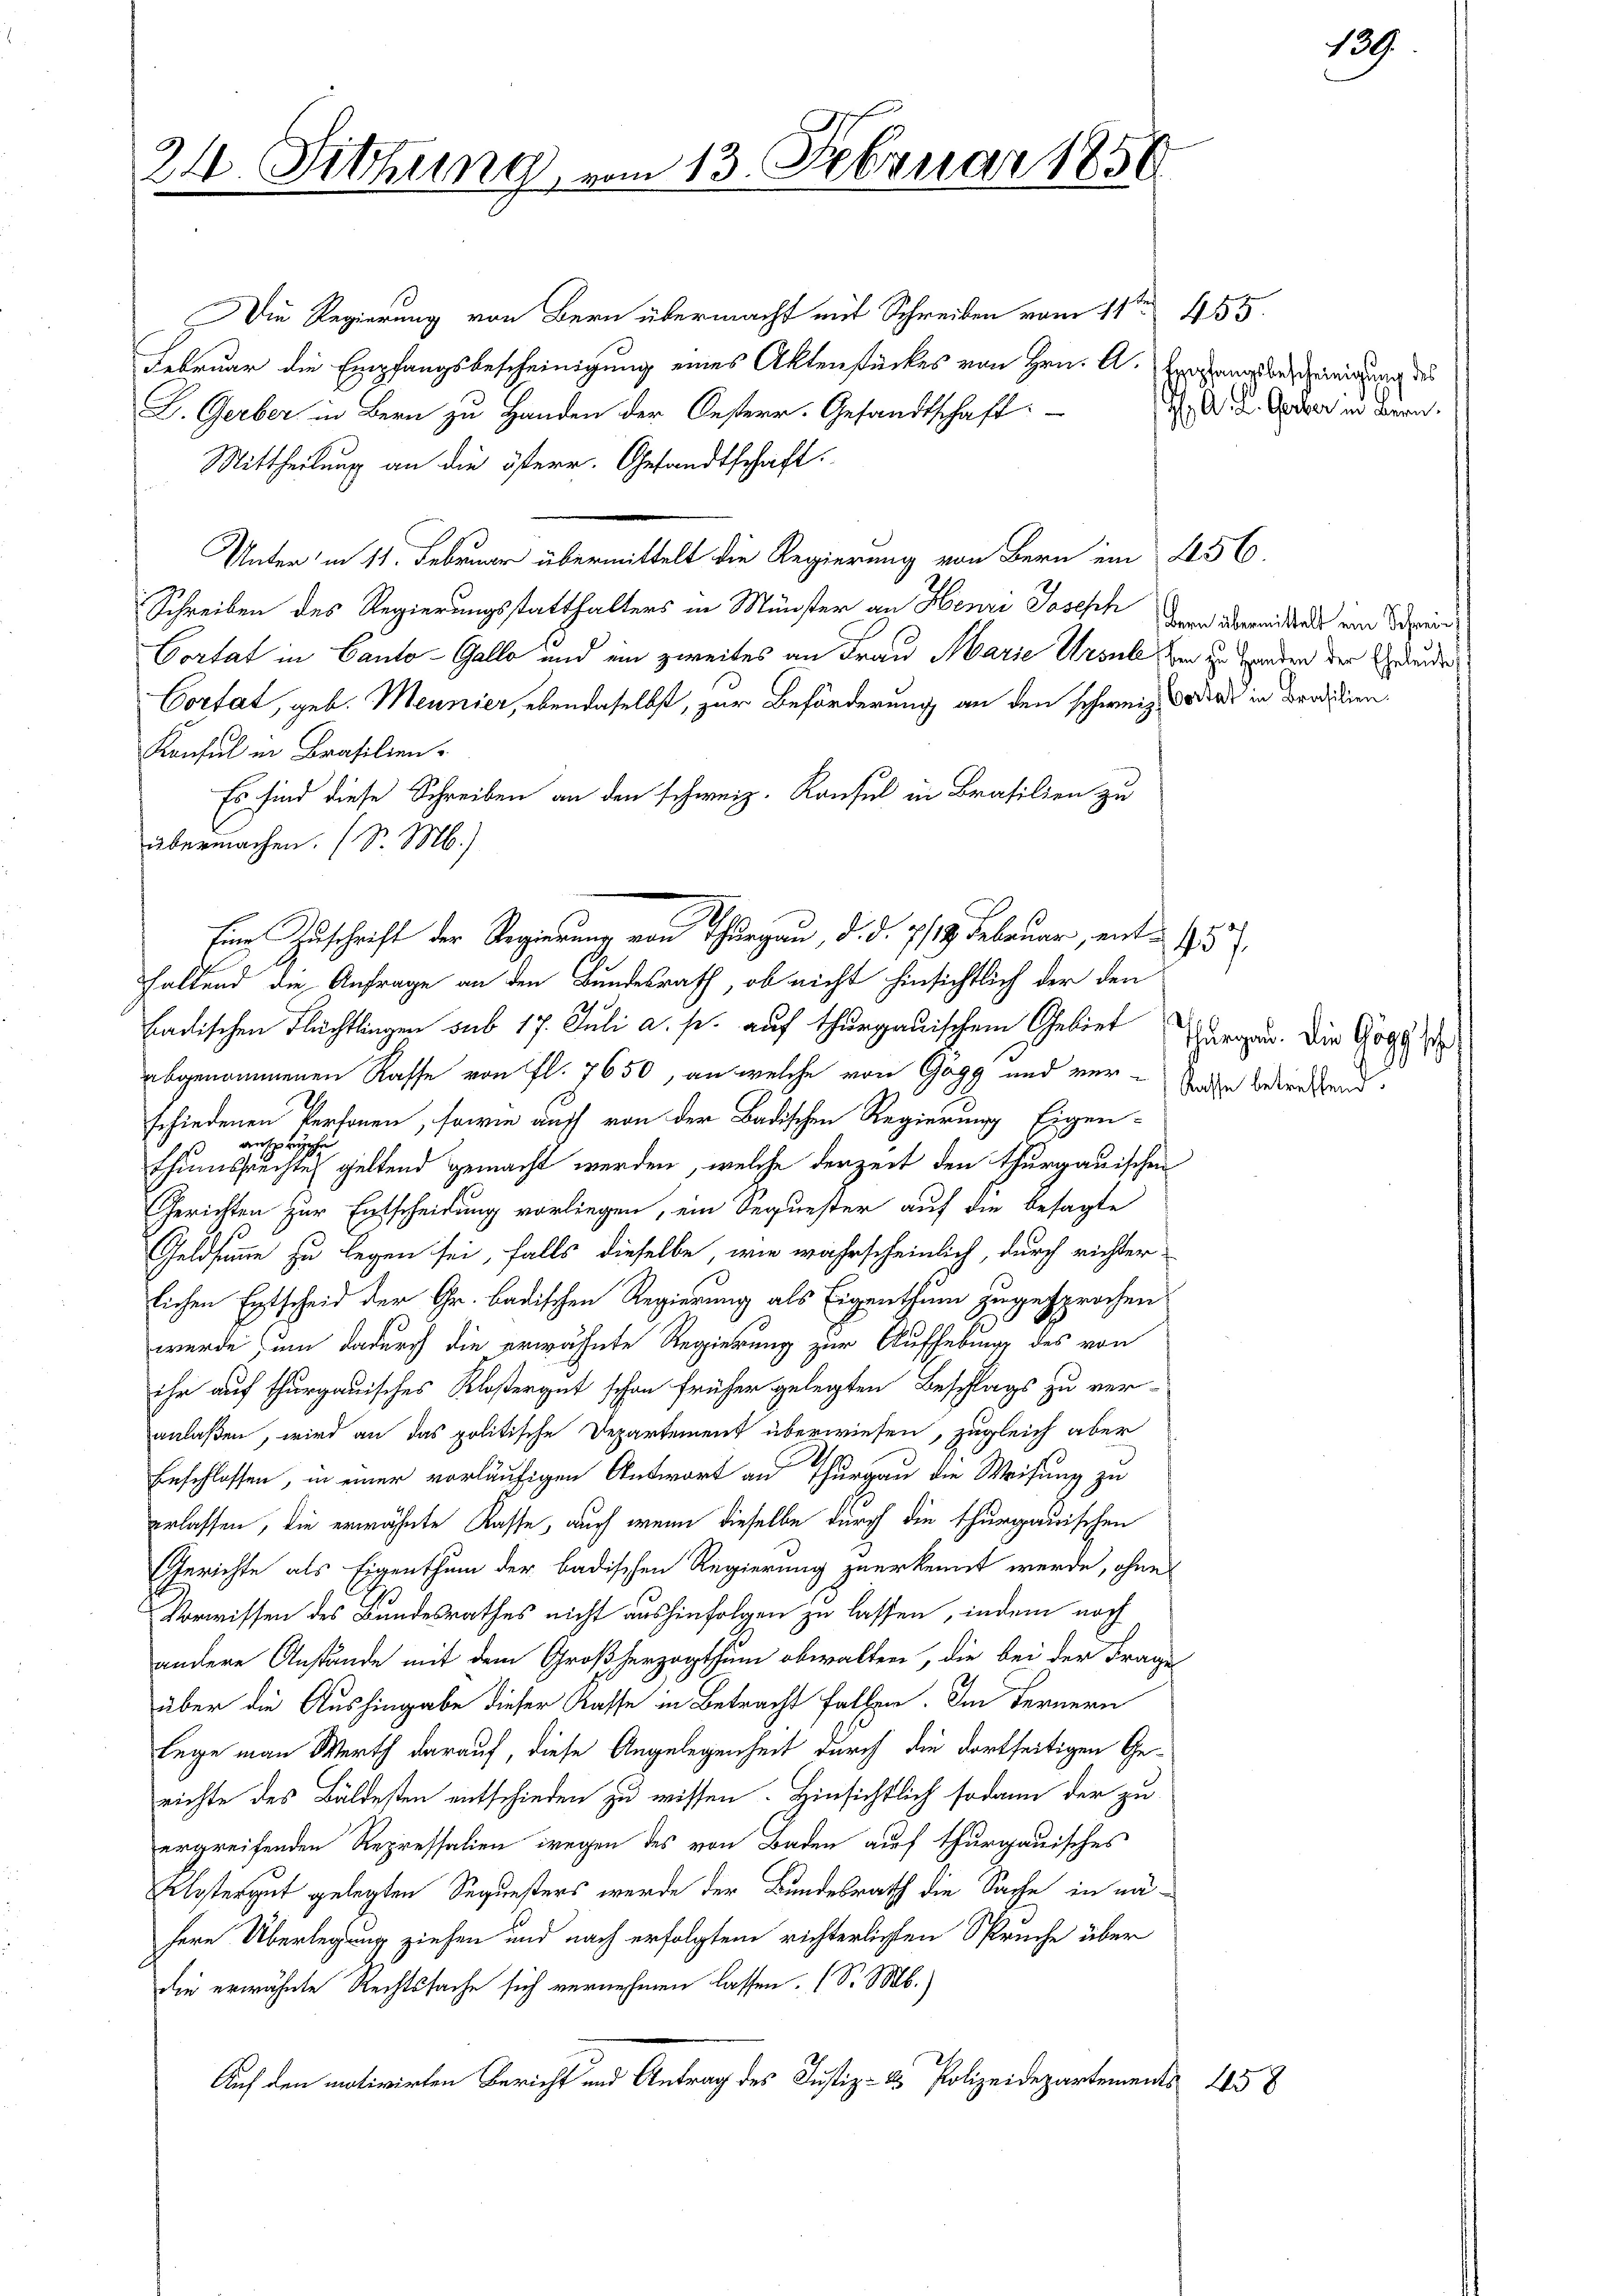
24. Sitzung, vom 13. Februar 1856

Die Regierung von Bern übermacht mit Schreiben vom 11ten 455.
Februar die Empfangsbescheinigung eines Aktenstückes von Hrn. A. Empfangsbescheinigung des
L. Gerber in Bern zu Handen der Oesterr. Gesandtschaft:
Mittheilung an die österr. Gesandtschaft.
Unter in 11. Februar übermittelt die Regierung von Bern im 456.
Schreiben des Regierungsstatthalters in Münster an Henri Joseph
Cortat in Canto-Galle und ein zweites an Frau Marie Ursul zur zu Handen der Gebunden
Cortat, geb. Meunier, ebendaselbst, zur Beförderung an den schweiz. Boden in Brod den
Konsul in Brasilien.
Es sind diese Schreiben an den schweiz. Konsul in Brasilien zu
übermachen. (S. M.)
faltend die Anfrage an den Bundesrath, ob nicht hinsichtlich der den
ladischen Flüchtlingen sub 17. Juli a. s. auf Thurgauischem Gebiet Heraus. Die Gogg se
abgenommenen Rasse von fl. 7650, an welche von Gögg und ver-
schiedenen Personen, sowie auch von der Badischen Regierung Eigen-
ansprüche
3
thumssrechte geltend gemacht werden, welche derzeit den thurgauischen
Gerichten zur Entscheidung vorliegen, ein Sequester auf die besagte
Geldsumme zu legen sei, falls dieselbe, wie wahrscheinlich, durch richter
lichen Entscheid der Gr. badischen Regierung als Eigenthum zugesprochen
wurde um dadurch die erwähnte Regierung zur Aufhebung des von
ihr auf thurgauisches Klostergut schon früher gelegten Beschlags zu ver-
anlaßen, wird an das politische Departement überwiesen, zugleich aber
Enschlossen, in einer vorläufigen Antwort an Thurgau die Weisung zu
erlassen, die erwähnte Kasse, auch wenn dieselbe durch die thurgauischen
Gerichte als Eigenthum der badischen Regierung zuerkennt werde, ohne
Vorwissen des Bundesrathes nicht aushinfolgen zu lassen, indem noch
andere Anstände mit dem Großherzogthum obwalten, die bei der Frage
über die Aushingabe dieser Kasse in Betracht fallen. Im Fernern
lege man Werth darauf, diese Angelegenheit durch die dortseitigen Ge-
richte des Bäldesten entschieden zu wissen. Hinsichtlich sodann der zu
ergreifenden Repressalien wegen des von Baden auf thurgauisches
Klostergut gelegten Sequesters werde der Bundesrath die Sache in näfere Überlegung ziehen und nach erfolgtem richterlichen Spruche über
die erwähnte Rechtssache sich vernehmen lassen. (S. M.)
Auf den motivirten Bericht und Antrag des Justiz- & Polizeidepartements 458

Eine Zuschrift der Regierung von Thurgau, d. d. 7./14. Februar, ente

H A. L. Gerber in Bern.

bern übermittelt ein Schrein,

Casse betreffend.

139